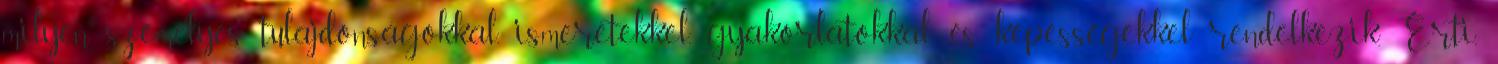
milyen személyes tulajdonságokkal, ismeretekkel, gyakorlatokkal és képességekkel rendelkezik. Érti,